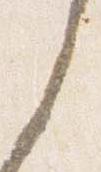
之